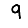
Digit: 9